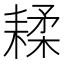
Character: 𦔇